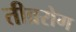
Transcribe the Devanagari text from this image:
तीव्ररोग